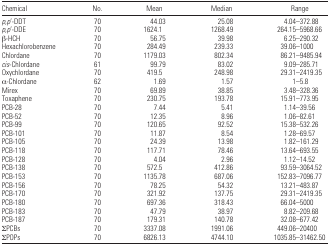
<table><thead><tr><td><b>Chemical</b></td><td><b>No.</b></td><td><b>Mean</b></td><td><b>Median</b></td><td><b>Range</b></td></tr></thead><tbody><tr><td><i>p</i>,<i>p</i>’-DDT</td><td>70</td><td>44.03</td><td>25.08</td><td>4.04–372.88</td></tr><tr><td><i>p</i>,<i>p</i>’-DDE</td><td>70</td><td>1624.1</td><td>1268.49</td><td>264.15–5968.66</td></tr><tr><td>β-HCH</td><td>70</td><td>56.75</td><td>39.98</td><td>6.25–290.32</td></tr><tr><td>Hexachlorobenzene</td><td>70</td><td>284.49</td><td>239.33</td><td>39.06–1000</td></tr><tr><td>Chlordane</td><td>70</td><td>1179.03</td><td>802.34</td><td>86.21–9485.94</td></tr><tr><td><i>cis</i>-Chlordane</td><td>61</td><td>99.79</td><td>83.02</td><td>9.09–285.71</td></tr><tr><td>Oxychlordane</td><td>70</td><td>419.5</td><td>248.98</td><td>29.31–2419.35</td></tr><tr><td>α-Chlordane</td><td>62</td><td>1.69</td><td>1.57</td><td>1–5.8</td></tr><tr><td>Mirex</td><td>70</td><td>69.89</td><td>38.85</td><td>3.48–328.36</td></tr><tr><td>Toxaphene</td><td>70</td><td>230.75</td><td>193.78</td><td>15.91–773.95</td></tr><tr><td>PCB-28</td><td>70</td><td>7.44</td><td>5.41</td><td>1.14–39.56</td></tr><tr><td>PCB-52</td><td>70</td><td>12.35</td><td>8.96</td><td>1.06–82.61</td></tr><tr><td>PCB-99</td><td>70</td><td>120.65</td><td>92.52</td><td>15.38–532.26</td></tr><tr><td>PCB-101</td><td>70</td><td>11.87</td><td>8.54</td><td>1.28–69.57</td></tr><tr><td>PCB-105</td><td>70</td><td>24.39</td><td>13.98</td><td>1.82–161.29</td></tr><tr><td>PCB-118</td><td>70</td><td>117.71</td><td>78.46</td><td>13.64–693.55</td></tr><tr><td>PCB-128</td><td>70</td><td>4.04</td><td>2.96</td><td>1.12–14.52</td></tr><tr><td>PCB-138</td><td>70</td><td>572.5</td><td>412.86</td><td>93.59–3064.52</td></tr><tr><td>PCB-153</td><td>70</td><td>1135.78</td><td>687.06</td><td>152.83–7096.77</td></tr><tr><td>PCB-156</td><td>70</td><td>78.25</td><td>54.32</td><td>13.21–483.87</td></tr><tr><td>PCB-170</td><td>70</td><td>321.92</td><td>137.75</td><td>29.31–2419.35</td></tr><tr><td>PCB-180</td><td>70</td><td>697.36</td><td>318.43</td><td>66.04–5000</td></tr><tr><td>PCB-183</td><td>70</td><td>47.79</td><td>38.97</td><td>8.82–209.68</td></tr><tr><td>PCB-187</td><td>70</td><td>179.31</td><td>140.78</td><td>32.08–677.42</td></tr><tr><td>∑PCBs</td><td>70</td><td>3337.08</td><td>1991.06</td><td>449.06–20400</td></tr><tr><td>∑POPs</td><td>70</td><td>6826.13</td><td>4744.10</td><td>1035.85–31462.50</td></tr></tbody></table>